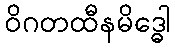
ဝိဂတထီနမိဒ္ဓေါ